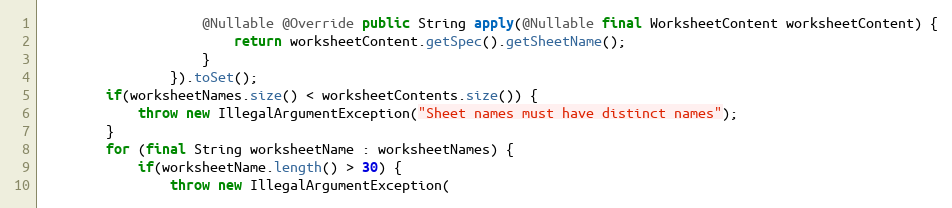
Language: Java
                    @Nullable @Override public String apply(@Nullable final WorksheetContent worksheetContent) {
                        return worksheetContent.getSpec().getSheetName();
                    }
                }).toSet();
        if(worksheetNames.size() < worksheetContents.size()) {
            throw new IllegalArgumentException("Sheet names must have distinct names");
        }
        for (final String worksheetName : worksheetNames) {
            if(worksheetName.length() > 30) {
                throw new IllegalArgumentException(